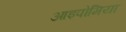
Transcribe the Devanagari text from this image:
आइपोमिया